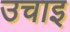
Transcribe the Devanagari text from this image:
उचाइ